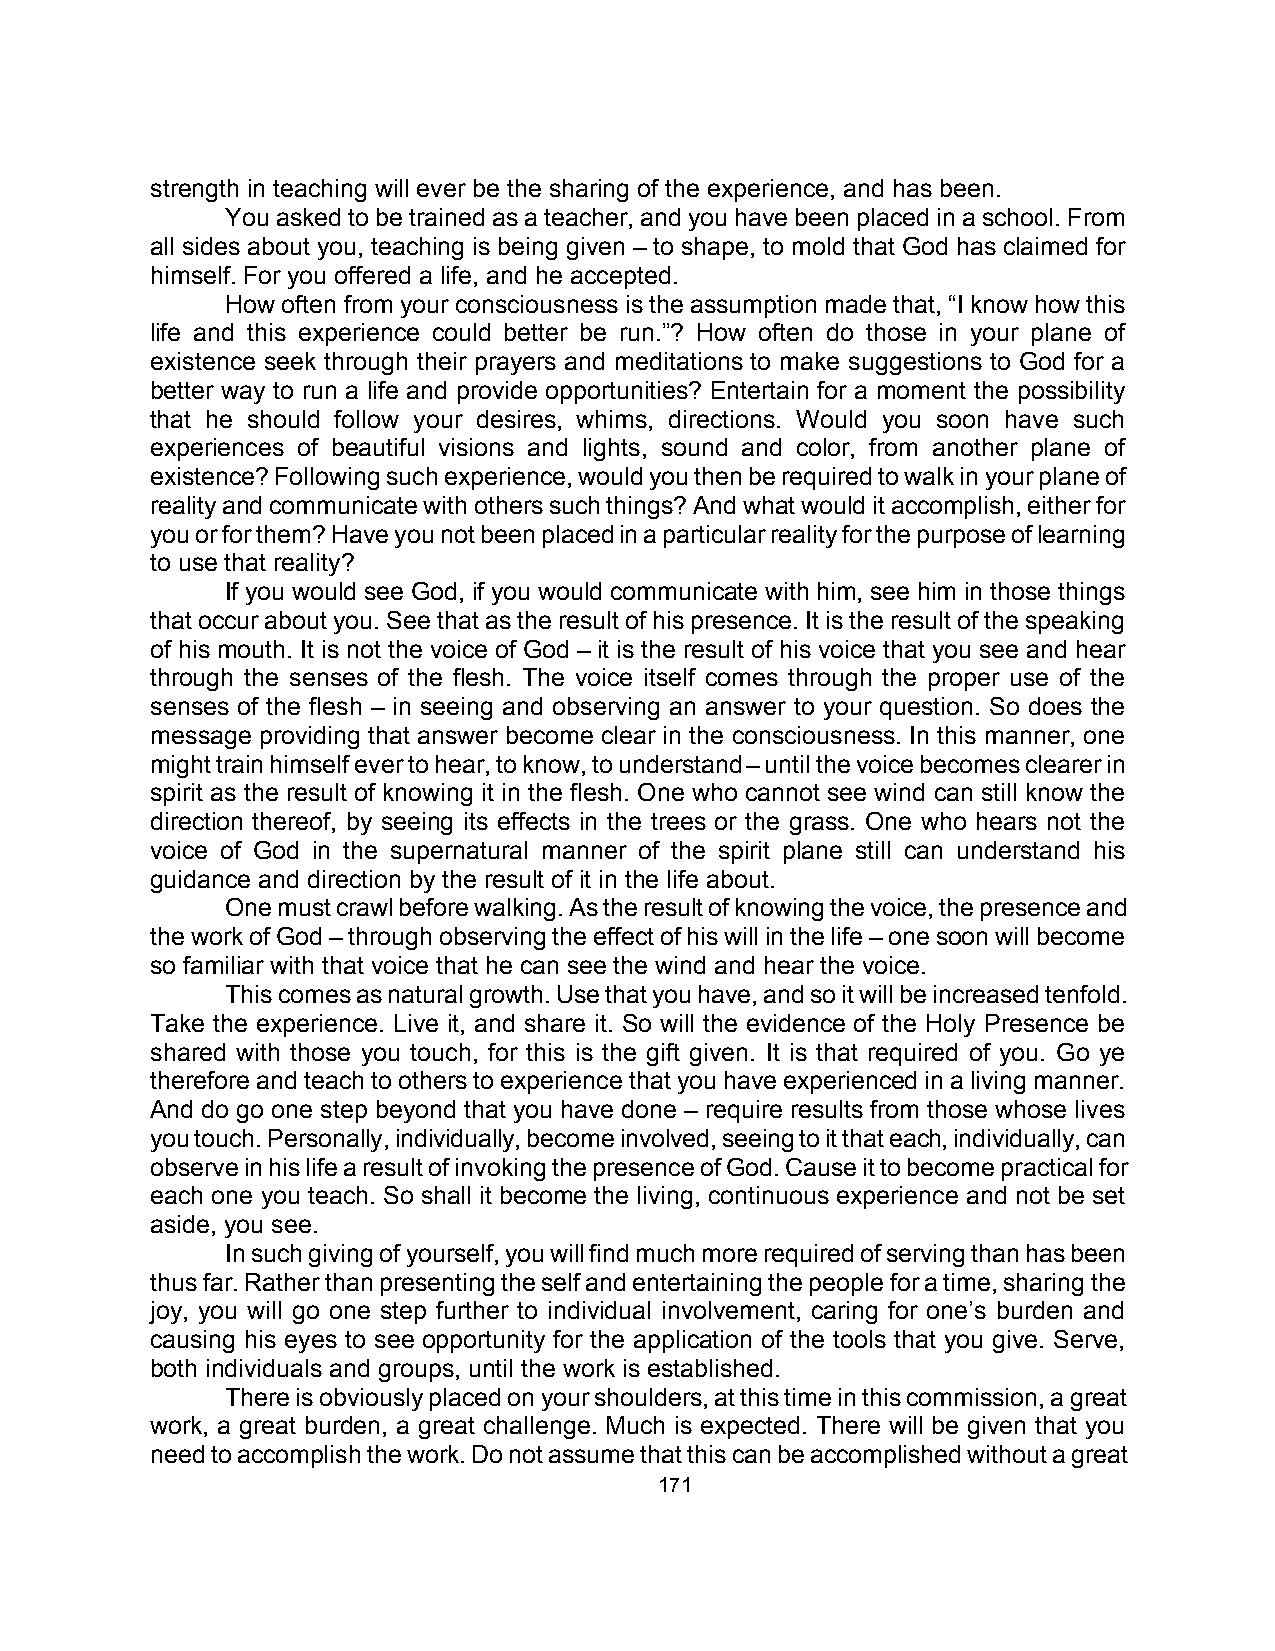
strength in teaching will ever be the sharing of the experience, and has been.
 You asked to be trained as a teacher, and you have been placed in a school. From
 all sides about you, teaching is being given – to shape, to mold that God has claimed for
 himself. For you offered a life, and he accepted.
 How often from your consciousness is the assumption made that, “I know how this
 life and this experience could better be run.”? How often do those in your plane of
 existence seek through their prayers and meditations to make suggestions to God for a
 better way to run a life and provide opportunities? Entertain for a moment the possibility
 that he should follow your desires, whims, directions. Would you soon have such
 experiences of beautiful visions and lights, sound and color, from another plane of
 existence? Following such experience, would you then be required to walk in your plane of
 reality and communicate with others such things? And what would it accomplish, either for
 you or for them? Have you not been placed in a particular reality for the purpose of learning
 to use that reality?
 If you would see God, if you would communicate with him, see him in those things
 that occur about you. See that as the result of his presence. It is the result of the speaking
 of his mouth. It is not the voice of God – it is the result of his voice that you see and hear
 through the senses of the flesh. The voice itself comes through the proper use of the
 senses of the flesh – in seeing and observing an answer to your question. So does the
 message providing that answer become clear in the consciousness. In this manner, one
 might train himself ever to hear, to know, to understand – until the voice becomes clearer in
 spirit as the result of knowing it in the flesh. One who cannot see wind can still know the
 direction thereof, by seeing its effects in the trees or the grass. One who hears not the
 voice of God in the supernatural manner of the spirit plane still can understand his
 guidance and direction by the result of it in the life about.
 One must crawl before walking. As the result of knowing the voice, the presence and
 the work of God – through observing the effect of his will in the life – one soon will become
 so familiar with that voice that he can see the wind and hear the voice.
 This comes as natural growth. Use that you have, and so it will be increased tenfold.
 Take the experience. Live it, and share it. So will the evidence of the Holy Presence be
 shared with those you touch, for this is the gift given. It is that required of you. Go ye
 therefore and teach to others to experience that you have experienced in a living manner.
 And do go one step beyond that you have done – require results from those whose lives
 you touch. Personally, individually, become involved, seeing to it that each, individually, can
 observe in his life a result of invoking the presence of God. Cause it to become practical for
 each one you teach. So shall it become the living, continuous experience and not be set
 aside, you see.
 In such giving of yourself, you will find much more required of serving than has been
 thus far. Rather than presenting the self and entertaining the people for a time, sharing the
 joy, you will go one step further to individual involvement, caring for one’s burden and
 causing his eyes to see opportunity for the application of the tools that you give. Serve,
 both individuals and groups, until the work is established.
 There is obviously placed on your shoulders, at this time in this commission, a great
 work, a great burden, a great challenge. Much is expected. There will be given that you
 need to accomplish the work. Do not assume that this can be accomplished without a great
 171